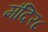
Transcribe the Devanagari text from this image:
मंदिर८